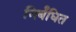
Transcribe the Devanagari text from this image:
निर्बंधित